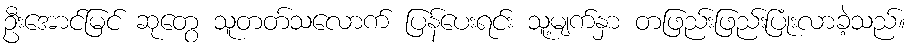
ဦးအောင်မြင် ဆုတွေ သူတတ်သလောက် ပြန်ပေးရင်း သူ့မျက်နှာ တဖြည်းဖြည်းပြုံးလာခဲ့သည်။